Report on the Nagpur School of Medicine, Central Provinces
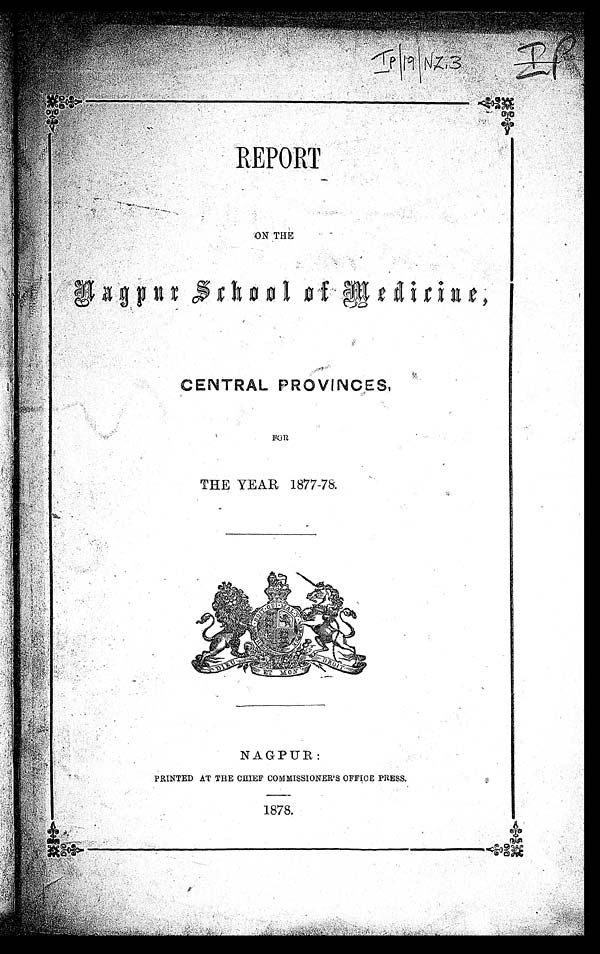
REPORT
ON THE
Nagpur School of Medicine ,
CENTRAL PROVINCES,
THE YEAR 1877-78.
NAGPUR:
PRINTED AT THE CHIEF COMMISSIONER'S OFFICE PRESS.
1878.